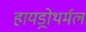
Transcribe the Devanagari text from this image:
हायड्रोथर्मल